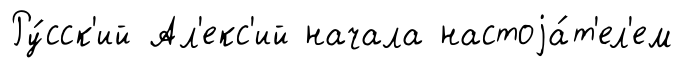
Ру́сск'ий Ал'екс'ий начала настоjа́т'ел'ем